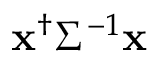
{ \bf x } ^ { \dagger } \Sigma ^ { - 1 } { \bf x }